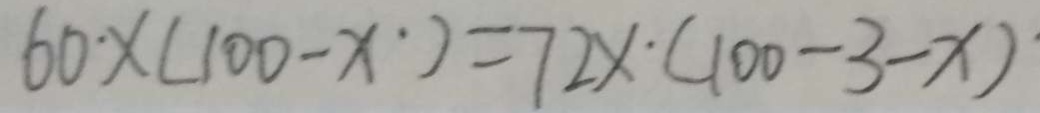
6 0 \times ( 1 0 0 - x ) = 7 2 x \cdot ( 1 0 0 - 3 - x )